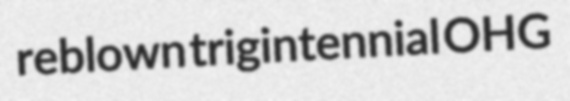
reblown trigintennial OHG